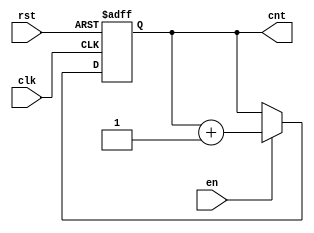
module UpCounter (
    input wire clk,      // Clock signal
    input wire en,       // Enable signal
    input wire rst,      // Asynchronous reset signal
    output reg [3:0] cnt // 4-bit counter output
);

// Asynchronous reset and counting on clock edge
always @(posedge clk or posedge rst) begin
    if (rst) begin
        cnt <= 4'b0000; // Reset counter to 0
    end else if (en) begin
        cnt <= cnt + 1; // Increment counter
    end
    // If en is low, cnt retains its value
end

endmodule